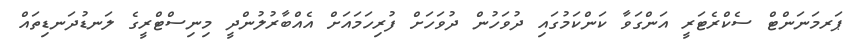
ޕަރމަނަންޓް ސެކްރެޓަރީ އަންގަވާ ކަންކަމުގައި ދުވަހުން ދުވަހަށް ފުރިހަމައަށް އެއްބާރުލުންދީ މިނިސްޓްރީގެ ލަނޑުދަނޑިތައް